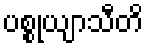
ပစ္စုယျာသီတိ